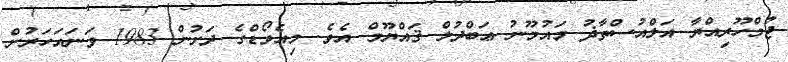
ޖުމްހޫރިއްޔާ އަލްއުސްތާޛު މައުމޫނު ޢަބްދުލް ޤައްޔޫމް އެވެ. މިއެވޯޑްގެ ދަށުން 1983 ވަނައަހަރުން